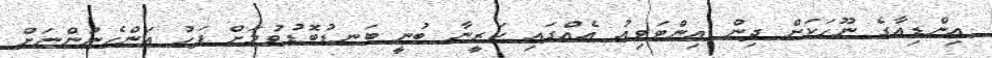
އިންޑިއާގެ ނޫހަކަށް ދިން އިންޓަވިއު އެއްގައި ކަރީނާ ބުނީ ބަނޑުބޮޑުވުމަށް ފަހު އަންހެނުންނަށް